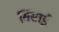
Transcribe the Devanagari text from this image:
सिसाई